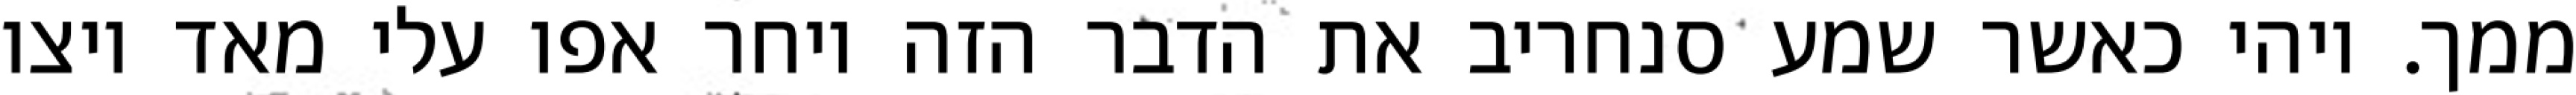
ממך. ויהי כאשר שמע סנחריב את הדבר הזה ויחר אפו עלי מאד ויצו